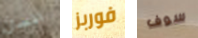
انسان فوربز سوف